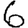
Digit: 6